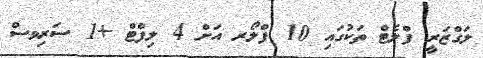
ލަގްޒަރީ ފްލެޓް ތަކުގައި 10 ފްލޯރ އަށް 4 ލިފްޓް +1 ސަރިވސް